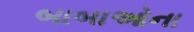
બાબાઓના